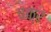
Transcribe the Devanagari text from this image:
चक्रं